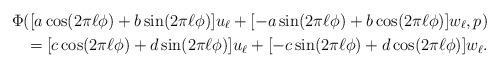
LaTeX: \begin{align*}\Phi([a\cos(2\pi \ell\phi) + b \sin(2\pi \ell \phi)] u_\ell + [-a\sin(2\pi \ell \phi) + b \cos(2\pi \ell \phi)]w_\ell,p) \\= [c\cos(2\pi \ell\phi) + d \sin(2\pi \ell \phi)] u_\ell + [-c\sin(2\pi \ell \phi) + d \cos(2\pi \ell \phi)]w_\ell.\end{align*}